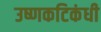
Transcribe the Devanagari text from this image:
उष्णकटिकंधी